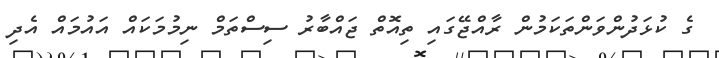
ގެ ކުޅަދުންވަންތަކަމުން ރާއްޖޭގައި ތިއޮތް ޖައްބާރު ސިސްތަމް ނިމުމަކައް އައުމައް އެދި